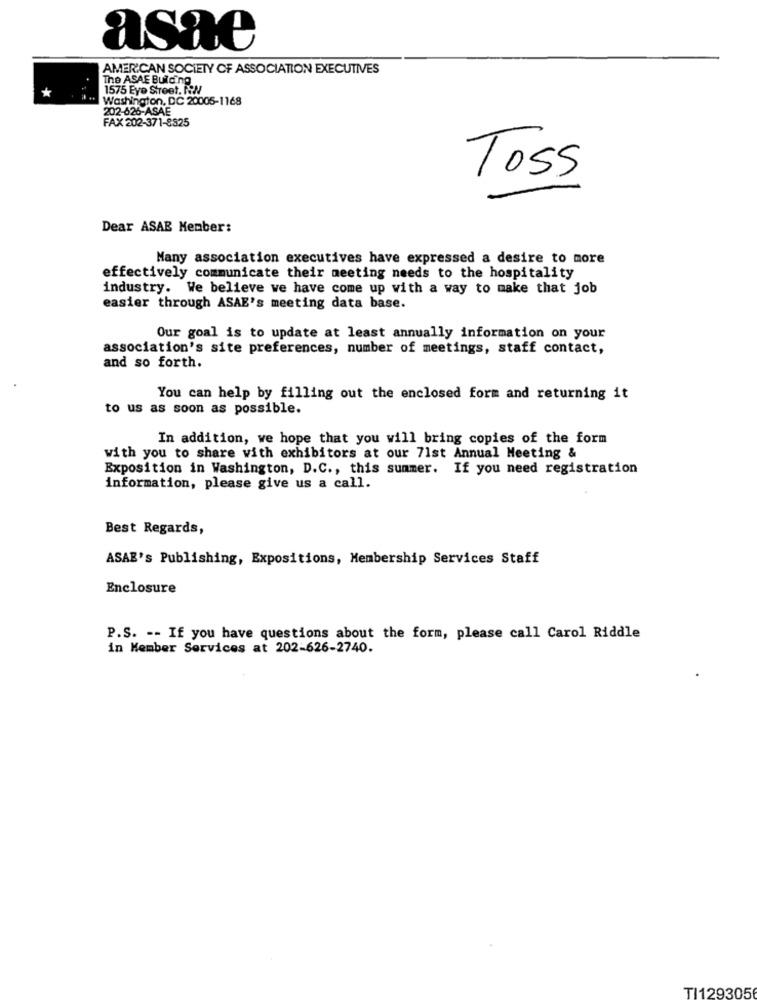
asae
AMERICAN SOCIETY OF ASSOCIATION EXECUTIVES
The ASAE Building
1575 Eye Street. RN
Washington, DC 20005-1168
202-626-ASAE
FAX 202-371-8825
Toss
Dear ASAB Member:
Many association executives have expressed a desire to more
effectively communicate their meeting needs to the hospitality
industry. We believe we have come up with a way to make that job
easier through ASAE's meeting data base.
Our goal is to update at least annually information on your
association's site preferences, number of meetings, staff contact,
and so forth.
You can help by filling out the enclosed form and returning it
to us as soon as possible.
In addition, we hope that you will bring copies of the form
with you to share with exhibitors at our 71st Annual Meeting &
Exposition in Washington, D.C ., this summer. If you need registration
information, please give us a call.
Best Regards,
ASAE's Publishing, Expositions, Membership Services Staff
Enclosure
P.S. -- If you have questions about the form, please call Carol Riddle
in Member Services at 202-626-2740.
TI129305